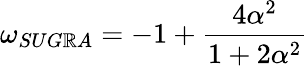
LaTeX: \omega_{SUG\mathbb{R}A}=-1+\frac{{4\alpha^{2}}}{{1+2\alpha^{2}}}